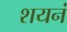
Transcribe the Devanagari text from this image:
शयनं